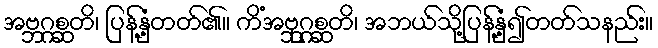
အဗ္ဘဂ္ဂစ္ဆတိ၊ ပြန့်နှံ့တတ်၏။ ကိံအဗ္ဘုဂ္ဂစ္ဆတိ၊ အဘယ်သို့ပြန့်နှံ့၍တတ်သနည်း။